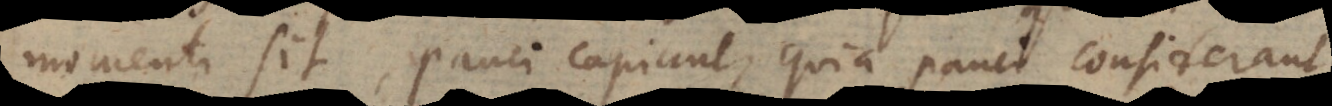
momenti sit, pauci capiunt, quia pauci considerant,